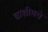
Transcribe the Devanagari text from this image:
वाशीमचे